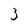
Character: 3